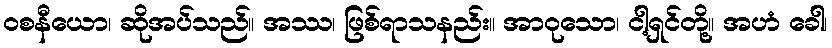
ဝစနီယော၊ ဆိုအပ်သည်။ အဿ၊ ဖြစ်ရာသနည်း။ အာဝုသော၊ ငါ့ရှင်တို့။ အဟံ ခေါ၊